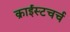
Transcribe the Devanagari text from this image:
क्राईस्टचर्च